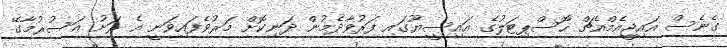
ގެނެސް އައިޖީއެމްއެޗް ހޮސްޕިޓަލުގެ އައިސީޔޫގައި ފަރުވާދެމުން ދަނިކޮށް މަރުވެފައިވަނީ އެ ރަށު އަސުރުމާގޭ